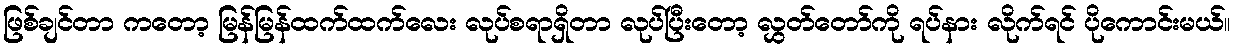
ဖြစ်ချင်တာ ကတော့ မြန်မြန်ထက်ထက်လေး လုပ်စရာရှိတာ လုပ်ပြီးတော့ လွှတ်တော်ကို ရပ်နား လိုက်ရင် ပိုကောင်းမယ်။